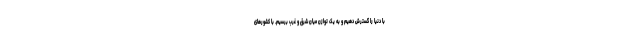
با دنیا را گسترش دهیم و به یک توازن میان شرق و غرب برسیم. با کشورهای